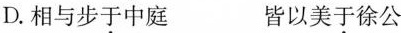
D.相与步于中庭 皆以美于徐公